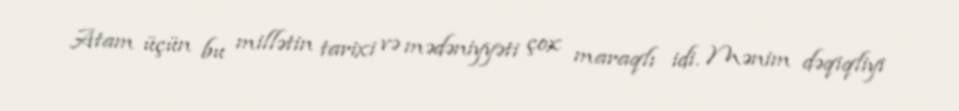
Atam üçün bu millətin tarixi və mədəniyyəti çox maraqlı idi. Mənim dəqiqliyi